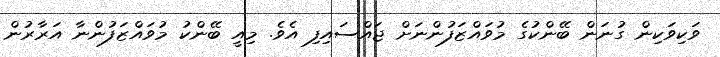
ވަކިވަކިން ގުނަން ބޭންކުގެ މުވައްޒަފުންނަށް ޖައްސައިފި އެވެ. މިއީ ބޭންކު މުވައްޒަފުންނާ އަރާރުން